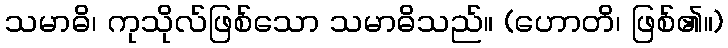
သမာဓိ၊ ကုသိုလ်ဖြစ်သော သမာဓိသည်။ (ဟောတိ၊ ဖြစ်၏။)